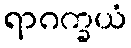
ရာဂက္ခယံ